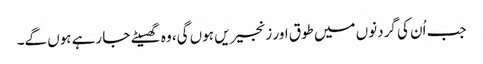
جب اُن کی گردنوں میں طوق اور زنجیریں ہوں گی، وہ گھسیٹے جا رہے ہوں گے۔